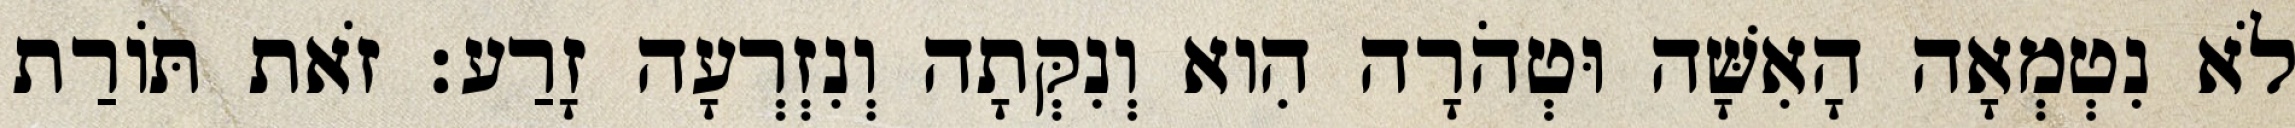
לֹא נִטְמְאָה הָאִשָּׁה וּטְהֹרָה הִוא וְנִקְּתָה וְנִזְרְעָה זָרַע׃ זֹאת תּוֹרַת